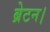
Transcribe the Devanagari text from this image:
ब्रेटन।